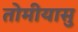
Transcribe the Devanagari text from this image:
तोमीयासु